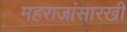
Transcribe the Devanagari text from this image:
महराजांसारखी